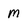
Character: m